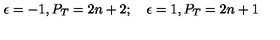
\epsilon = - 1 , P _ { T } = 2 n + 2 ; \quad \epsilon = 1 , P _ { T } = 2 n + 1